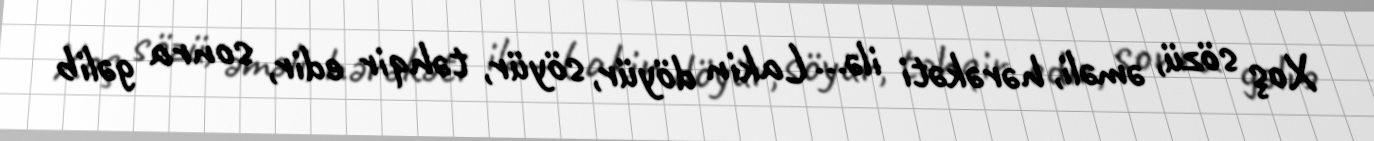
Xoş sözü, əməli, hərəkəti ilə... Lakin döyür, söyür, təhqir edir, sonra gəlib